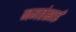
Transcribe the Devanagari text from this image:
जगहंसाई